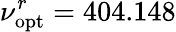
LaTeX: \nu_{\mathrm{opt}}^{r}=404.148